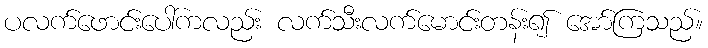
ပလက်ဖောင်းပေါ်ကလည်း လက်သီးလက်မောင်းတန်း၍ အော်ကြသည်။